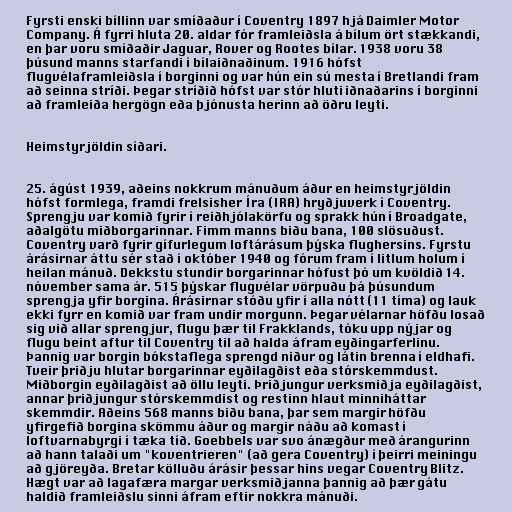
Fyrsti enski bíllinn var smíðaður í Coventry 1897 hjá Daimler Motor
Company. Á fyrri hluta 20. aldar fór framleiðsla á bílum ört stækkandi,
en þar voru smíðaðir Jaguar, Rover og Rootes bílar. 1938 voru 38
þúsund manns starfandi í bílaiðnaðinum. 1916 hófst
flugvélaframleiðsla í borginni og var hún ein sú mesta í Bretlandi fram
að seinna stríði. Þegar stríðið hófst var stór hluti iðnaðarins í borginni
að framleiða hergögn eða þjónusta herinn að öðru leyti.

Heimstyrjöldin síðari.

25. ágúst 1939, aðeins nokkrum mánuðum áður en heimstyrjöldin
hófst formlega, framdi frelsisher Íra (IRA) hryðjuverk í Coventry.
Sprengju var komið fyrir í reiðhjólakörfu og sprakk hún í Broadgate,
aðalgötu miðborgarinnar. Fimm manns biðu bana, 100 slösuðust.
Coventry varð fyrir gífurlegum loftárásum þýska flughersins. Fyrstu
árásirnar áttu sér stað í október 1940 og fórum fram í litlum holum í
heilan mánuð. Dekkstu stundir borgarinnar hófust þó um kvöldið 14.
nóvember sama ár. 515 þýskar flugvélar vörpuðu þá þúsundum
sprengja yfir borgina. Árásirnar stóðu yfir í alla nótt (11 tíma) og lauk
ekki fyrr en komið var fram undir morgunn. Þegar vélarnar höfðu losað
sig við allar sprengjur, flugu þær til Frakklands, tóku upp nýjar og
flugu beint aftur til Coventry til að halda áfram eyðingarferlinu.
Þannig var borgin bókstaflega sprengd niður og látin brenna í eldhafi.
Tveir þriðju hlutar borgarinnar eyðilagðist eða stórskemmdust.
Miðborgin eyðilagðist að öllu leyti. Þriðjungur verksmiðja eyðilagðist,
annar þriðjungur stórskemmdist og restinn hlaut minniháttar
skemmdir. Aðeins 568 manns biðu bana, þar sem margir höfðu
yfirgefið borgina skömmu áður og margir náðu að komast í
loftvarnabyrgi í tæka tíð. Goebbels var svo ánægður með árangurinn
að hann talaði um "koventrieren" (að gera Coventry) í þeirri meiningu
að gjöreyða. Bretar kölluðu árásir þessar hins vegar Coventry Blitz.
Hægt var að lagafæra margar verksmiðjanna þannig að þær gátu
haldið framleiðslu sinni áfram eftir nokkra mánuði.